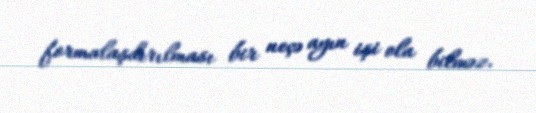
formalaşdırılması bir neçə ayın işi ola bilməz.